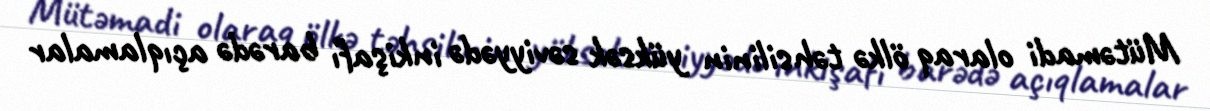
Mütəmadi olaraq ölkə təhsilinin yüksək səviyyədə inkişafı barədə açıqlamalar